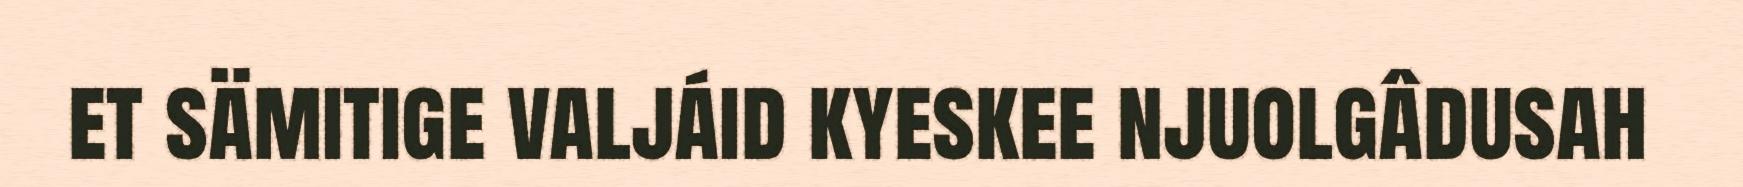
et sämitige valjáid kyeskee njuolgâdusah